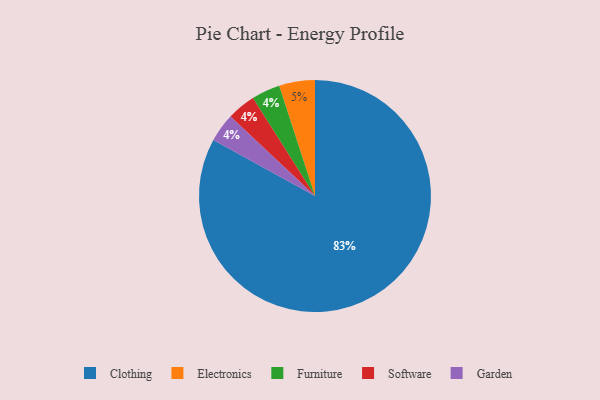
{"axis": {"x": "Category", "y": "Percentage"}, "legend": ["Clothing", "Electronics", "Furniture", "Garden", "Software"], "data": [{"x": "Furniture", "y": 4, "type": "Furniture"}, {"x": "Clothing", "y": 83, "type": "Clothing"}, {"x": "Software", "y": 4, "type": "Software"}, {"x": "Garden", "y": 4, "type": "Garden"}, {"x": "Electronics", "y": 5, "type": "Electronics"}]}